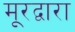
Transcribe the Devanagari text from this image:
मूरद्वारा